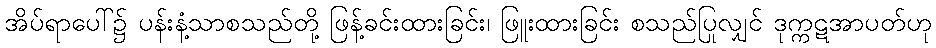
အိပ်ရာပေါ်၌ ပန်းနံ့သာစသည်တို့ ဖြန့်ခင်းထားခြင်း၊ ဖြူးထားခြင်း စသည်ပြုလျှင် ဒုက္ကဋအာပတ်ဟု